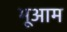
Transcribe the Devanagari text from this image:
भूआम